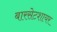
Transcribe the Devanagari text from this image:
बारसेटशायर